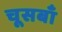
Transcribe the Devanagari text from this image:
चूसबाँ